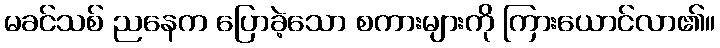
မခင်သစ် ညနေက ပြောခဲ့သော စကားများကို ကြားယောင်လာ၏။